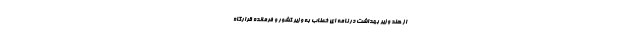
از هند وزیر بهداشت در نامه ای خطاب به وزیر کشور و فرمانده قرارگاه